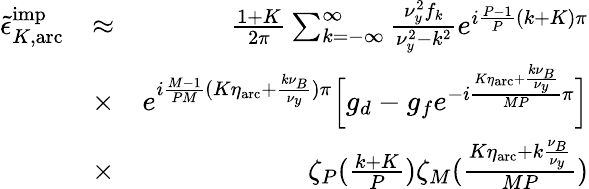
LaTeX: \begin{array}{rlr}{\tilde{\epsilon}_{K,\mathrm{arc}}^{\mathrm{imp}}}&{\approx}&{\frac{1+K}{2\pi}\sum_{k=-\infty}^{\infty}\frac{\nu_{y}^{2}f_{k}}{\nu_{y}^{2}-k^{2}}e^{i\frac{P-1}{P}(k+K)\pi}}\\ &{\times}&{e^{i\frac{M-1}{PM}(K\eta_{\mathrm{arc}}+\frac{k\nu_{B}}{\nu_{y}})\pi}\Bigl[g_{d}-g_{f}e^{-i\frac{K\eta_{\mathrm{arc}}+\frac{k\nu_{B}}{\nu_{y}}}{MP}\pi}\Bigr]}\\ &{\times}&{\zeta_{P}(\frac{k+K}{P})\zeta_{M}(\frac{K\eta_{\mathrm{arc}}+k\frac{\nu_{B}}{\nu_{y}}}{MP})}\end{array}